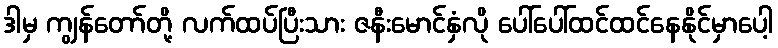
ဒါမှ ကျွန်တော်တို့ လက်ထပ်ပြီးသား ဇနီးမောင်နှံလို ပေါ်ပေါ်ထင်ထင်နေနိုင်မှာပေါ့